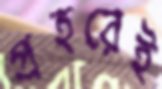
প্রহরেই